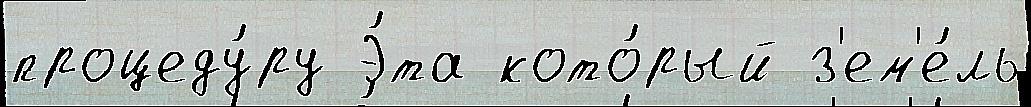
процеду́ру Э́та кото́рый з'ем'е́ль